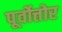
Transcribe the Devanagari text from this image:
पूर्वोत्तोर